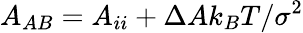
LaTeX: A_{AB}=A_{ii}+\Delta Ak_{B}T/\sigma^{2}